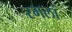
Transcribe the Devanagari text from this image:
रमलां